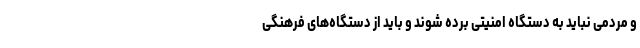
و مردمی نباید به دستگاه امنیتی برده شوند و باید از دستگاه‌های فرهنگی